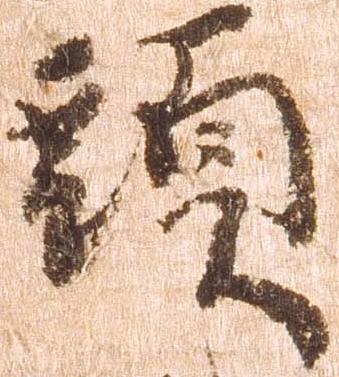
頭